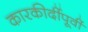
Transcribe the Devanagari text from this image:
कारकीर्दीपूर्वी